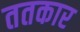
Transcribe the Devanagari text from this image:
ततकार